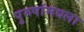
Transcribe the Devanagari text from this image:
पुरुषांमधला